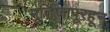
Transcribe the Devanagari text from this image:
मूर्तिजापूरहून